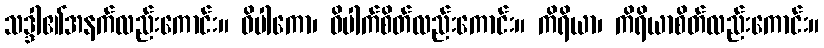
သဒ္ဒါ၏အနက်လည်းကောင်း။ ဝိပါကော၊ ဝိပါက်စိတ်လည်းကောင်း။ ကိရိယာ၊ ကိရိယာစိတ်လည်းကောင်း။